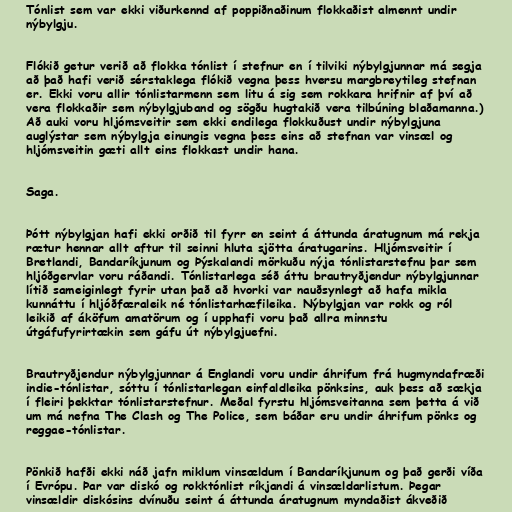
Tónlist sem var ekki viðurkennd af poppiðnaðinum flokkaðist almennt undir
nýbylgju.

Flókið getur verið að flokka tónlist í stefnur en í tilviki nýbylgjunnar má segja
að það hafi verið sérstaklega flókið vegna þess hversu margbreytileg stefnan
er. Ekki voru allir tónlistarmenn sem litu á sig sem rokkara hrifnir af því að
vera flokkaðir sem nýbylgjuband og sögðu hugtakið vera tilbúning blaðamanna.)
Að auki voru hljómsveitir sem ekki endilega flokkuðust undir nýbylgjuna
auglýstar sem nýbylgja einungis vegna þess eins að stefnan var vinsæl og
hljómsveitin gæti allt eins flokkast undir hana.

Saga.

Þótt nýbylgjan hafi ekki orðið til fyrr en seint á áttunda áratugnum má rekja
rætur hennar allt aftur til seinni hluta sjötta áratugarins. Hljómsveitir í
Bretlandi, Bandaríkjunum og Þýskalandi mörkuðu nýja tónlistarstefnu þar sem
hljóðgervlar voru ráðandi. Tónlistarlega séð áttu brautryðjendur nýbylgjunnar
lítið sameiginlegt fyrir utan það að hvorki var nauðsynlegt að hafa mikla
kunnáttu í hljóðfæraleik né tónlistarhæfileika. Nýbylgjan var rokk og ról
leikið af áköfum amatörum og í upphafi voru það allra minnstu
útgáfufyrirtækin sem gáfu út nýbylgjuefni.

Brautryðjendur nýbylgjunnar á Englandi voru undir áhrifum frá hugmyndafræði
indie-tónlistar, sóttu í tónlistarlegan einfaldleika pönksins, auk þess að sækja
í fleiri þekktar tónlistarstefnur. Meðal fyrstu hljómsveitanna sem þetta á við
um má nefna The Clash og The Police, sem báðar eru undir áhrifum pönks og
reggae-tónlistar.

Pönkið hafði ekki náð jafn miklum vinsældum í Bandaríkjunum og það gerði víða
í Evrópu. Þar var diskó og rokktónlist ríkjandi á vinsældarlistum. Þegar
vinsældir diskósins dvínuðu seint á áttunda áratugnum myndaðist ákveðið